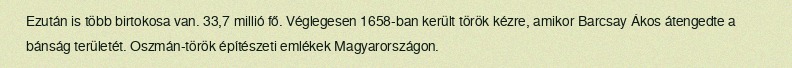
Ezután is több birtokosa van. 33,7 millió fő. Véglegesen 1658-ban került török kézre, amikor Barcsay Ákos átengedte a bánság területét. Oszmán-török építészeti emlékek Magyarországon.